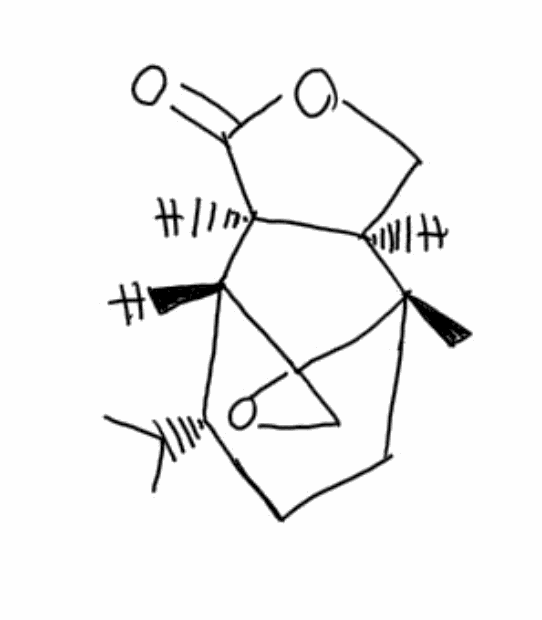
Simplified molecular-input line-entry system (SMILES) notation of the given molecule:
CC(C)[C@H]1CC[C@]2([C@@H]3COC(=O)[C@@H]3[C@@H]1C24CO4)C